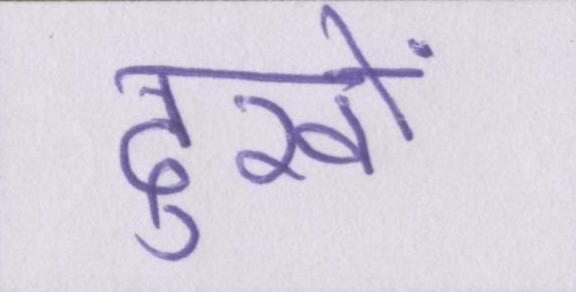
दुखों